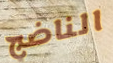
الناضج